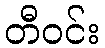
တီဝင်း